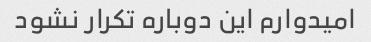
امیدوارم این دوباره تکرار نشود